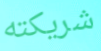
شريكته